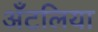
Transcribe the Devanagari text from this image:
अँटलिया